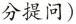
分提问)